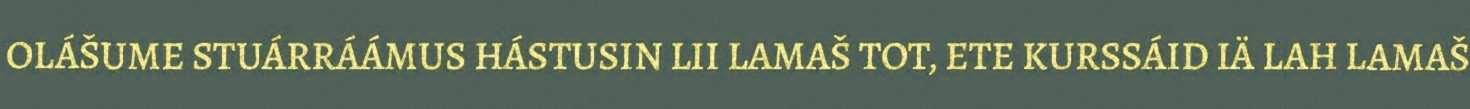
OLÁŠUME STUÁRRÁÁMUS HÁSTUSIN LII LAMAŠ TOT, ETE KURSSÁID IÄ LAH LAMAŠ